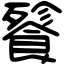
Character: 餮